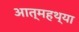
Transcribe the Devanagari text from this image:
आत्महथ्या